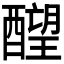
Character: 𬪶